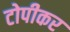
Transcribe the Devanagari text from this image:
टोपीकर